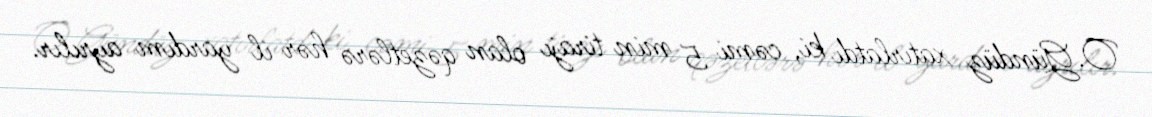
O.Gündüz xatırlatdı ki, cəmi 5 min tirajı olan qəzetlərə hər il yardım ayrılır.